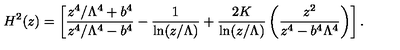
H ^ { 2 } ( z ) = \left[ \frac { z ^ { 4 } / \Lambda ^ { 4 } + b ^ { 4 } } { z ^ { 4 } / \Lambda ^ { 4 } - b ^ { 4 } } - { \frac { 1 } { \ln ( z / \Lambda ) } } + { \frac { 2 K } { \ln ( z / \Lambda ) } } \left( \frac { z ^ { 2 } } { z ^ { 4 } - b ^ { 4 } \Lambda ^ { 4 } } \right) \right] .